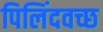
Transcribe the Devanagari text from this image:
पिलिंदवच्छ